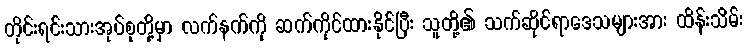
တိုင်းရင်းသားအုပ်စုတို့မှာ လက်နက်ကို ဆက်ကိုင်ထားနိုင်ပြီး သူတို့၏ သက်ဆိုင်ရာဒေသများအား ထိန်းသိမ်း